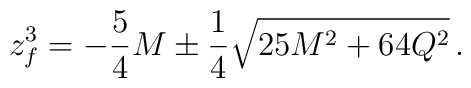
z_f ^3 = -{5\over4}M \pm {1\over 4} \sqrt{25M^2+64Q^2} \, .